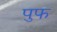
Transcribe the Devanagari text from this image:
पुफ